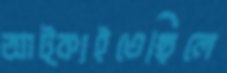
আট্‌কাইতেছিলে